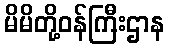
မိမိတို့ဝန်ကြီးဌာန